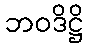
ဘဝဒိဋ္ဌိ